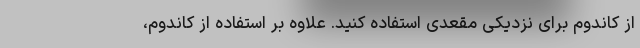
از کاندوم برای نزدیکی مقعدی استفاده کنید. علاوه بر استفاده از کاندوم،